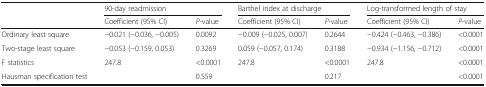
| <ROWSPAN=2>  | <COLSPAN=2> 90-day readmission | <COLSPAN=2> Barthel index at discharge | <COLSPAN=2> Log-transformed length of stay |
 | Coefficient (95% CI) | P-value | Coefficient (95% CI) | P-value | Coefficient (95% CI) | P-value |
 | --- | --- | --- | --- | --- | --- | --- |
 | Ordinary least square | −0.021 (−0.036, −0.005) | 0.0092 | −0.009 (−0.025, 0.007) | 0.2644 | −0.424 (−0.463, −0.386) | <0.0001 |
 | Two-stage least square | −0.053 (−0.159, 0.053) | 0.3269 | 0.059 (−0.057, 0.174) | 0.3188 | −0.934 (−1.156, −0.712) | <0.0001 |
 | F statistics | 247.8 | <0.0001 | 247.8 | <0.0001 | 247.8 | <0.0001 |
 | Hausman specification test |  | 0.559 |  | 0.217 |  | <0.0001 |